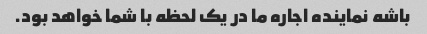
باشه نماینده اجاره ما در یک لحظه با شما خواهد بود.